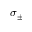
\sigma _ { \pm }